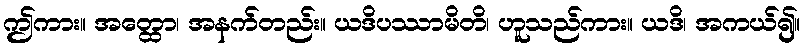
ဤကား။ အတ္ထော၊ အနက်တည်း။ ယဒိပဿာမိတိ၊ ဟူသည်ကား။ ယဒိ၊ အကယ်၍။